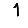
Digit: 1